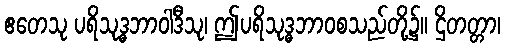
ဧတေသု ပရိသုဒ္ဓဘာဝါဒီသု၊ ဤပရိသုဒ္ဓဘာဝစသည်တို့၌။ ဌိတတ္တာ၊